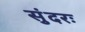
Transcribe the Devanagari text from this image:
सुंदरः